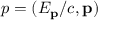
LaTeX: p = ( E _ { \mathbf { p } } / c , \mathbf { p } )